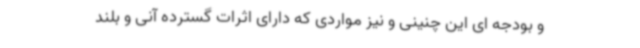
و بودجه ای این چنینی و نیز مواردی که دارای اثرات گسترده آنی و بلند